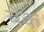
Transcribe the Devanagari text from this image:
बॅँक